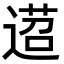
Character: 𨔴